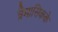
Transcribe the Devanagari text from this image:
त्रैमासिकके